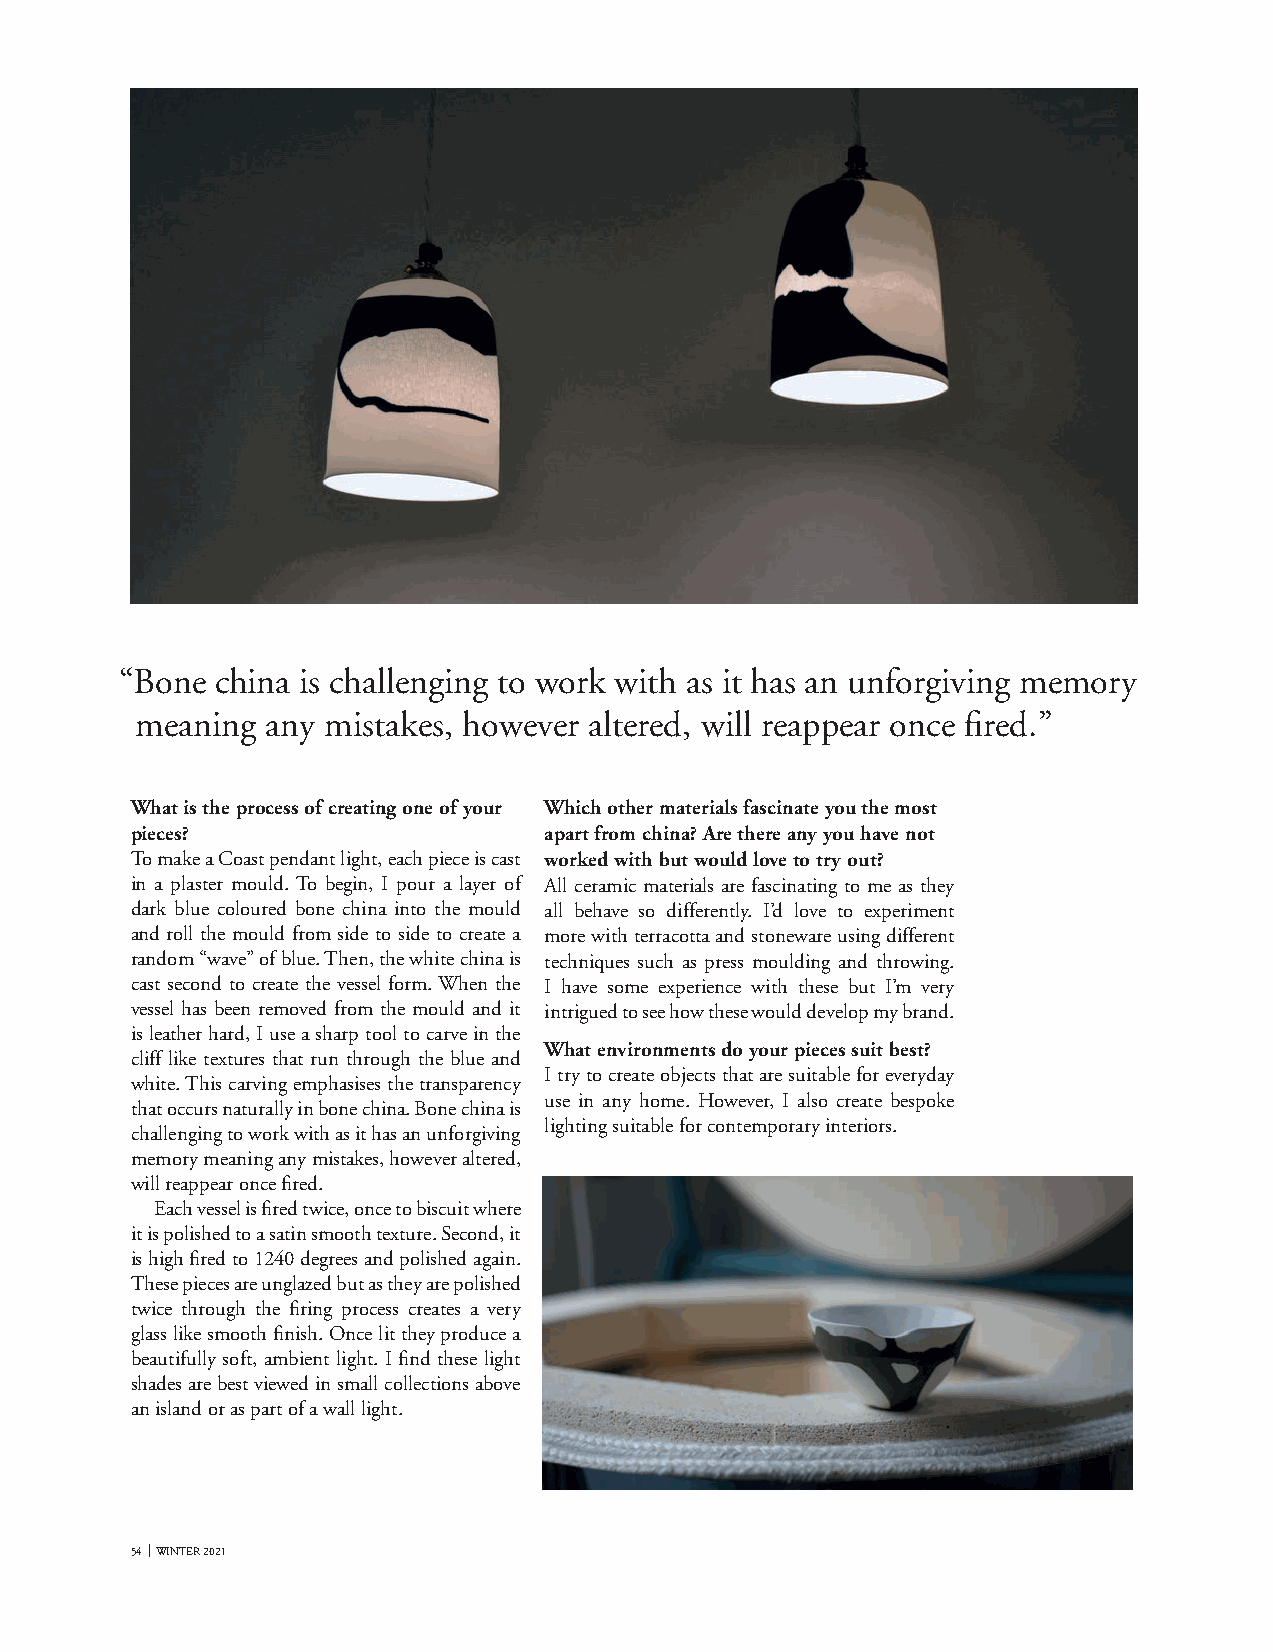
“Bone china is challenging to work with as it has an unforgiving memory
 meaning  any mistakes, however altered, will reappear once fired.”
 What is the process of creating one of your Which other materials fascinate you the most
 pieces?                    apart from china? Are there any you have not
 To make a Coast pendant light, each piece is cast worked with but would love to try out?
 in a plaster mould. To begin, I pour a layer of All ceramic materials are fascinating to me as they
 dark blue coloured bone china into the mould all behave so differently. I’d love to experiment
 and roll the mould from side to side to create a more with terracotta and stoneware using different
 random “wave” of blue. Then, the white china is techniques such as press moulding and throwing.
 cast second to create the vessel form. When the I have some experience with these but I’m very
 vessel has been removed from the mould and it intrigued to see how these would develop my brand.
 is leather hard, I use a sharp tool to carve in the
 What environments do your pieces suit best?
 cliff like textures that run through the blue and
 I try to create objects that are suitable for everyday
 white. This carving emphasises the transparency
 use in any home. However, I also create bespoke
 that occurs naturally in bone china. Bone china is
 lighting suitable for contemporary interiors.
 challenging to work with as it has an unforgiving
 memory meaning any mistakes, however altered,
 will reappear once fired.
 Each vessel is fired twice, once to biscuit where
 it is polished to a satin smooth texture. Second, it
 is high fired to 1240 degrees and polished again.
 These pieces are unglazed but as they are polished
 twice through the firing process creates a very
 glass like smooth finish. Once lit they produce a
 beautifully soft, ambient light. I find these light
 shades are best viewed in small collections above
 an island or as part of a wall light.
 54 WINTER 2021